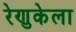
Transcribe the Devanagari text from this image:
रेणुकेला